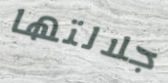
جلالتها